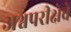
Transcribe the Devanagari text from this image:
अश्वपरीक्षेचे